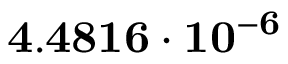
\mathbf { 4 . 4 8 1 6 \cdot 1 0 ^ { - 6 } }